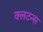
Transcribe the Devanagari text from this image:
क्लटन्स